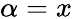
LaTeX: \alpha=x